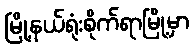
မြို့နယ်ရုံးစိုက်ရာမြို့မှာ